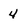
Character: 4